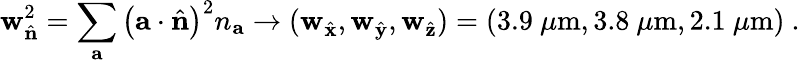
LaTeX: \mathbf{w}_{\hat{{\mathbf{{n}}}}}^{2}=\sum_{\mathbf{{a}}}\left(\mathbf{{a}}\cdot\hat{{\mathbf{{n}}}}\right)^{2}n_{\mathbf{{a}}}\rightarrow(\mathbf{w}_{\hat{{\mathbf{{x}}}}},\mathbf{w}_{\hat{{\mathbf{{y}}}}},\mathbf{w}_{\hat{{\mathbf{{z}}}}})=(3.9~\mu\mathrm{{m}},3.8~\mu\mathrm{{m}},2.1~\mu\mathrm{{m}})~.